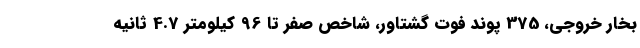
بخار خروجی، 375 پوند فوت گشتاور، شاخص صفر تا 96 کیلومتر 4.7 ثانیه